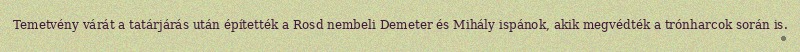
Temetvény várát a tatárjárás után építették a Rosd nembeli Demeter és Mihály ispánok, akik megvédték a trónharcok során is.